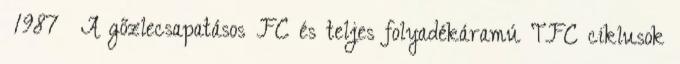
1987 A gőzlecsapatásos FC és teljes folyadékáramú TFC ciklusok